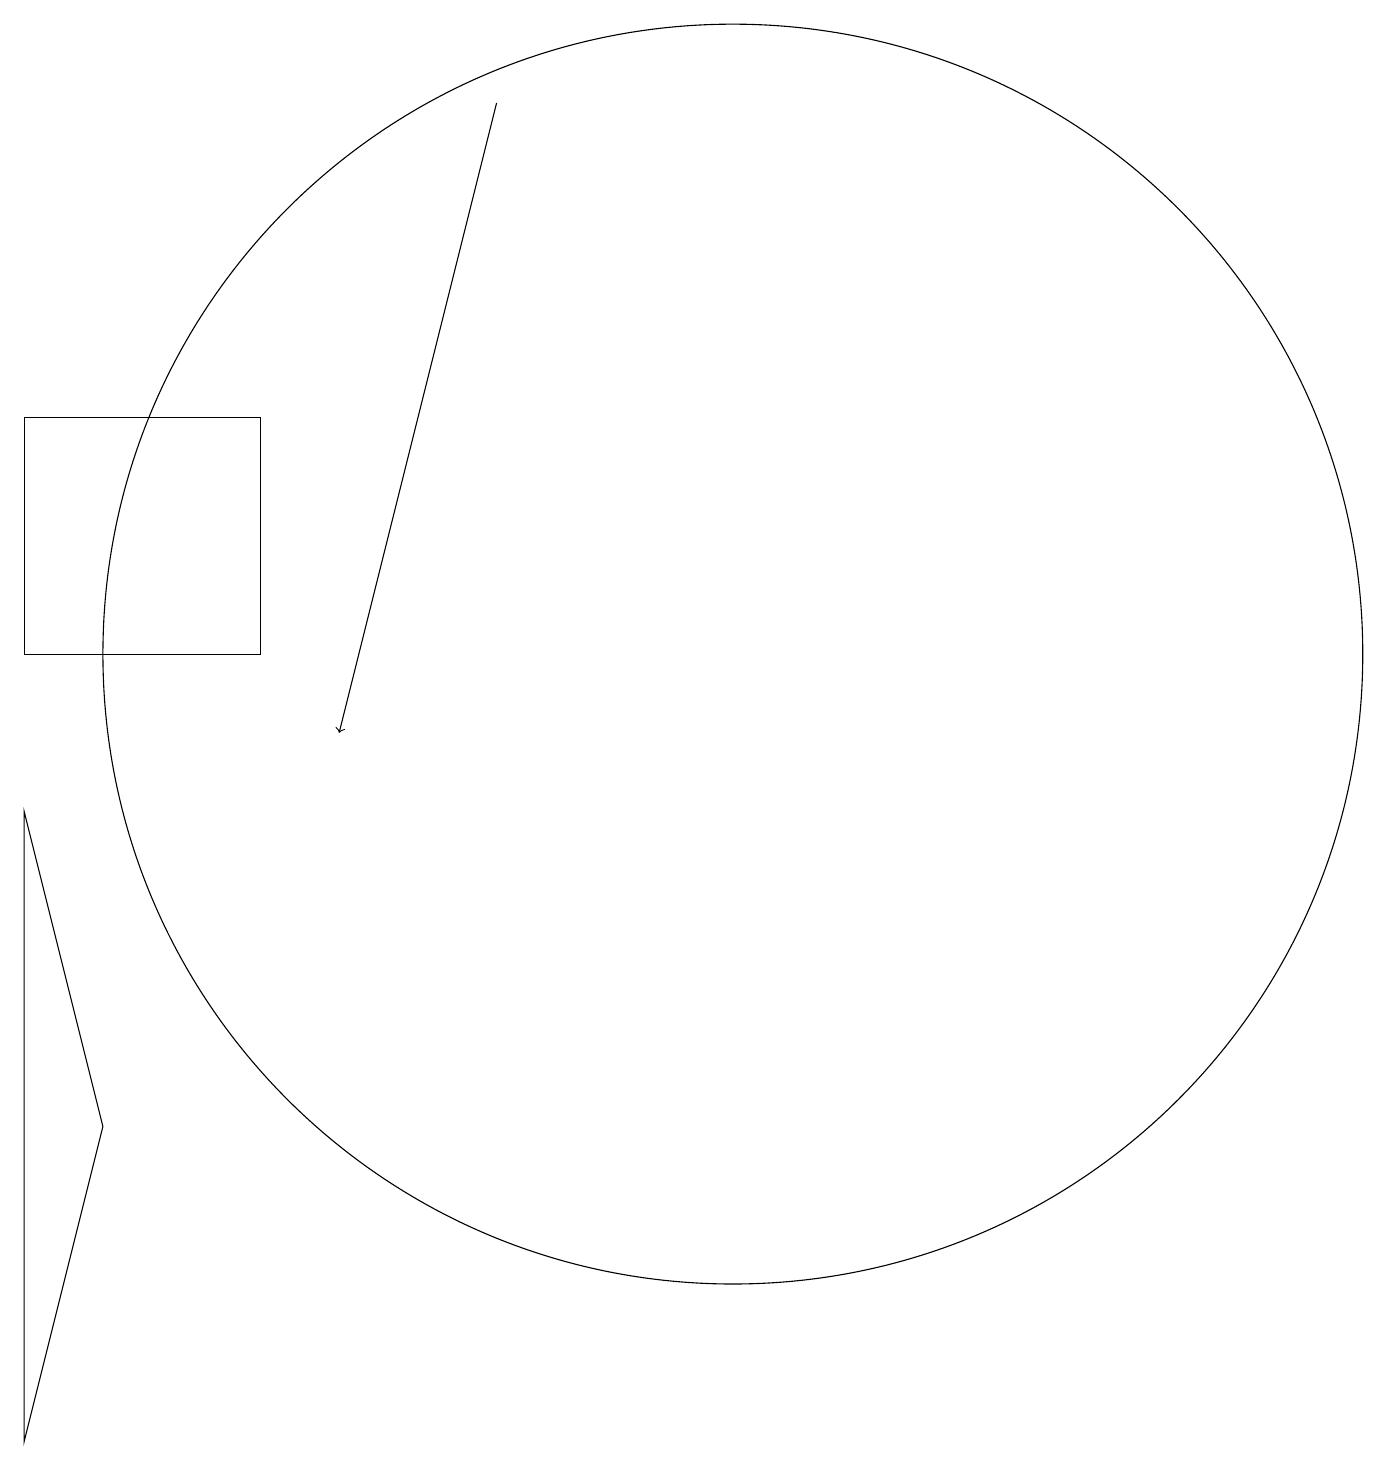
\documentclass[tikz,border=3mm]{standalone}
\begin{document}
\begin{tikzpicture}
\draw (1,9) -- (1,1) -- (2,5) -- cycle;
\draw (10,11) circle (8);
\draw[->] (7,18) -- (5,10);
\draw (1,11) rectangle (4,14);
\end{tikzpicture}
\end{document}